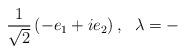
LaTeX: \begin{align*}\frac{1}{\sqrt{2}}\left( -e_{1}+ie_{2}\right) ,\,\,\,\,\lambda =-\end{align*}